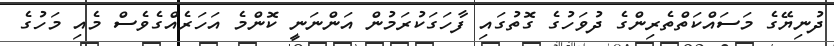
ދުނިޔޭގެ މަސައްކަތްތެރިންގެ ދުވަހުގެ ގޮތުގައި ފާހަގަކުރަމުން އަންނަނީ ކޮންމެ އަހަރެއްގެވެސް މެއި މަހުގެ